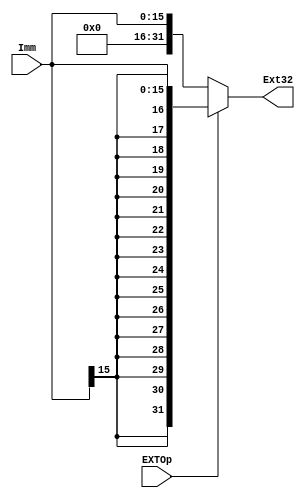
`timescale 1ns / 1ps
//////////////////////////////////////////////////////////////////////////////////
// Company: 
// Engineer: 
// 
// Design Name: 
// Module Name:    ext 
// Project Name: 
// Target Devices: 
// Tool versions: 
// Description: 
//
// Dependencies: 
//
// Revision: 
// Revision 0.01 - File Created
// Additional Comments: 
//
//////////////////////////////////////////////////////////////////////////////////
`define ZEXT 1'b0
`define SEXT 1'b1

module ext(
    input EXTOp,
    input [15:0] Imm,
    output [31:0] Ext32
    );

	assign Ext32 = (EXTOp == `ZEXT) ? {{16{1'b0}}, Imm} : 
												{{16{Imm[15]}}, Imm};	//  if ZERO_EXT

endmodule